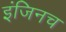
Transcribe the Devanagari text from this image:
इंजिनच